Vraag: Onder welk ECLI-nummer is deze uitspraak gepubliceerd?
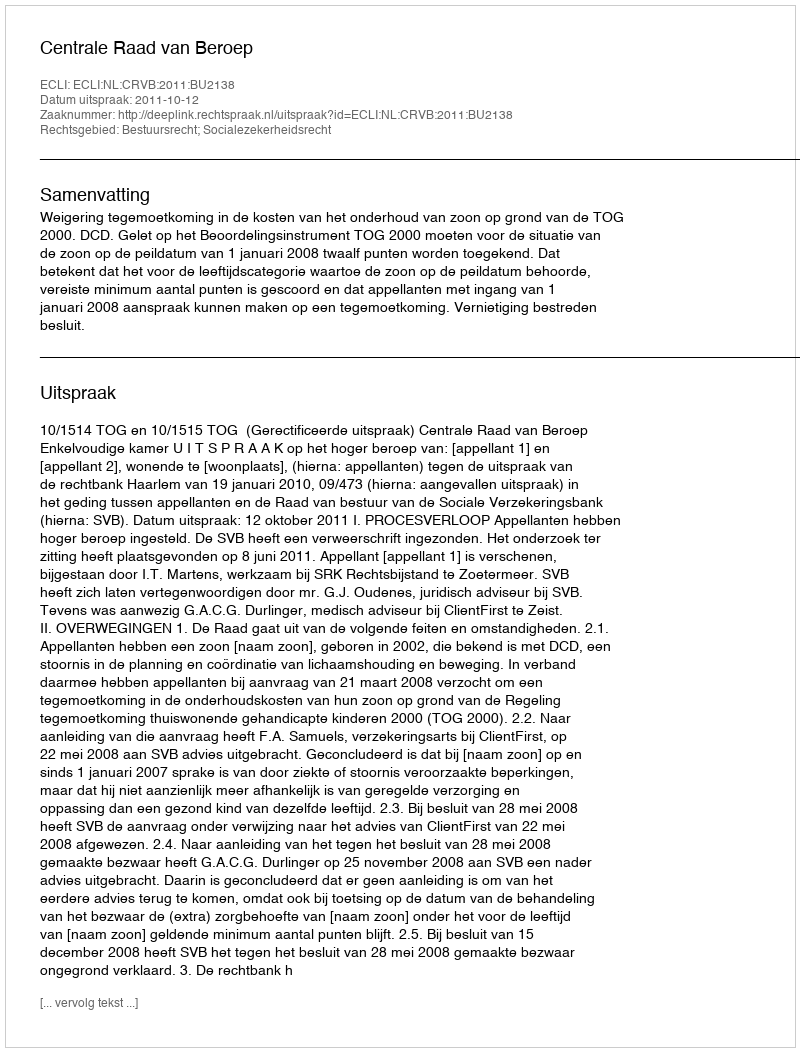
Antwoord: ECLI:NL:CRVB:2011:BU2138